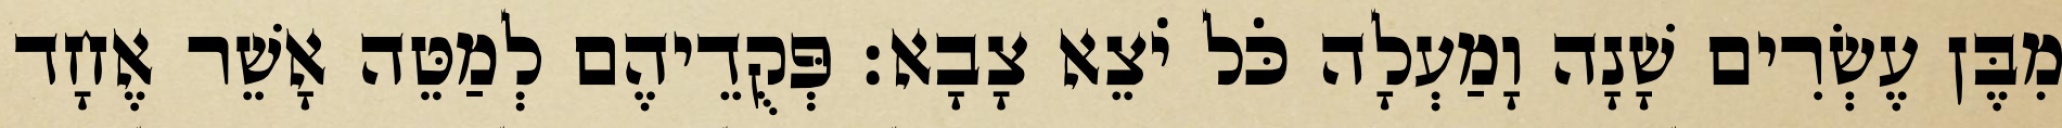
מִבֶּן עֶשְׂרִים שָׁנָה וָמַעְלָה כֹּל יֹצֵא צָבָא׃ פְּקֻדֵיהֶם לְמַטֵּה אָשֵׁר אֶחָד